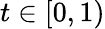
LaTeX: t\in[0,1)